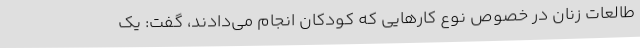
طالعات زنان در خصوص نوع کارهایی که کودکان انجام می‌دادند، گفت: یک